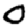
Digit: 0